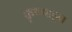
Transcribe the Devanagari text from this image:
कृष्णाहून